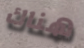
هناك